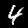
Digit: 4